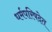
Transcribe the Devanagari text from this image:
धर्मपरिषदेत